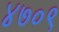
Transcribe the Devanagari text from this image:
४७०९